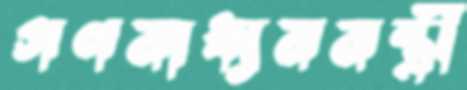
গণমাধ্যমমন্ত্রী